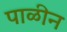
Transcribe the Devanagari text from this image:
पाळीन